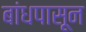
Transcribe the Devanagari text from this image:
बांधपासून